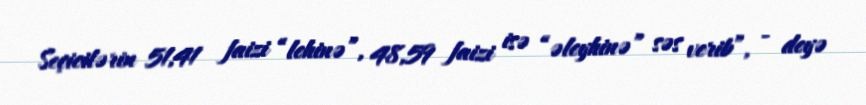
Seçicilərin 51,41 faizi “lehinə”, 48,59 faizi isə “əleyhinə” səs verib”, - deyə